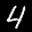
Label: 4